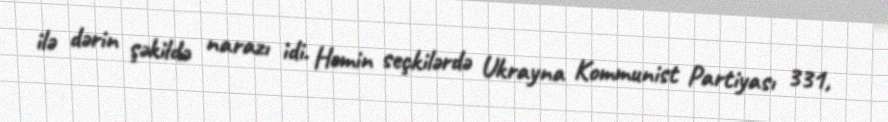
ilə dərin şəkildə narazı idi. Həmin seçkilərdə Ukrayna Kommunist Partiyası 331,